Annual administration report of the Civil Veterinary Department of India - 1895-1896
Year: 1895
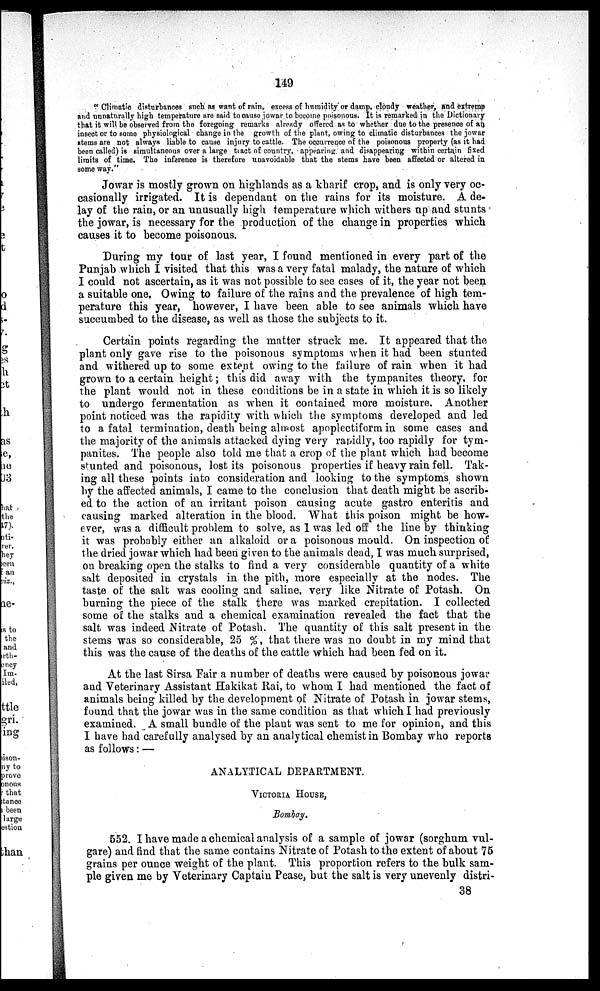
149
"Climatic disturbances such as want of rain, excess of humidity or damp, cloudy weather, and extreme
and unnaturally high temperature are said to cause jowar to become poisonous. It is remarked in the Dictionary
that it will be observed from the foregoing remarks already offered as to whether due to the presence of an
insect or to some physiological change in the growth of the plant, owing to climatic disturbances the jowar
stems are not always liable to cause injury to cattle. The occurrence of the poisonous property (as it had
been called) is simultaneous over a large tract of country, appearing and disappearing within certain fixed
limits of time. The inference is therefore unavoidable that the stems have been affected or altered in
some way."
Jowar is mostly grown on highlands as a kharif crop, and is only very oc-
casionally irrigated. It is dependant on the rains for its moisture. A de-
lay of the rain, or an unusually high temperature which withers up and stunts
the jowar, is necessary for the production of the change in properties which
causes it to become poisonous.
During my tour of last year, I found mentioned in every part of the
Punjab which I visited that this was a very fatal malady, the nature of which
I could not ascertain, as it was not possible to see cases of it, the year not been
a suitable one. Owing to failure of the rains and the prevalence of high tem-
perature this year, however, I have been able to see animals which have
succumbed to the disease, as well as those the subjects to it.
Certain points regarding the matter struck me. It appeared that the
plant only gave rise to the poisonous symptoms when it had been stunted
and withered up to some extent owing to the failure of rain when it had
grown to a certain height; this did away with the tympanites theory, for
the plant would not in these conditions be in a state in which it is so likely
to undergo fermentation as when it contained more moisture. Another
point noticed was the rapidity with which the symptoms developed and led
to a fatal termination, death being almost apoplectiform in some cases and
the majority of the animals attacked dying very rapidly, too rapidly for tym-
panites. The people also told me that a crop of the plant which had become
stunted and poisonous, lost its poisonous properties if heavy rain fell. Tak-
ing all these points into consideration and looking to the symptoms shown
by the affected animals, I came to the conclusion that death might be ascrib-
ed to the action of an irritant poison causing acute gastro enteritis and
causing marked alteration in the blood. What this poison might be how-
ever, was a difficult problem to solve, as 1 was led off the line by thinking
it was probably either an alkaloid or a poisonous mould. On inspection of
the dried jowar which had been given to the animals dead, I was much surprised,
on breaking open the stalks to find a very considerable quantity of a white
salt deposited in crystals in the pith, more especially at the nodes. The
taste of the salt was cooling and saline, very like Nitrate of Potash. On
burning the piece of the stalk there was marked crepitation. I collected
some of the stalks and a chemical examination revealed the fact that the
salt was indeed Nitrate of Potash. The quantity of this salt present in the
stems was so considerable, 25 %, that there was no doubt in my mind that
this was the cause of the deaths of the cattle which had been fed on it.
At the last Sirsa Fair a number of deaths were caused by poisonous jowar
and Veterinary Assistant Hakikat Rai, to whom I had mentioned the fact of
animals being killed by the development of Nitrate of Potash in jowar stems,
found that the jowar was in the same condition as that which I had previously
examined. A small bundle of the plant was sent to me for opinion, and this
I have had carefully analysed by an analytical chemist in Bombay who reports
as follows:—
ANALYTICAL DEPARTMENT.
VICTORIA HOUSE,
Bombay.
552. I have made a chemical analysis of a sample of jowar (sorghum vul-
gare) and find that the same contains Nitrate of Potash to the extent of about 75
grains per ounce weight of the plant. This proportion refers to the bulk sam-
ple given me by Veterinary Captain Pease, but the salt is very unevenly distri-
38